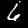
Digit: 6